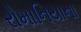
રોમાનિયાના